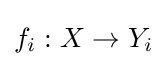
f_{i}:X\to Y_{i}